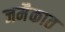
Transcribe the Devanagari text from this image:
जमैकात